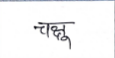
मजकूर: चक्षु